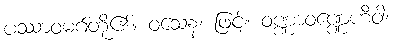
ပဿာဝမဂ်တို့၏။ ဝသေန၊ ဖြင့်။ ဝဏ္ဏာဝဏ္ဏေဟိဝါ၊